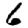
Digit: 6